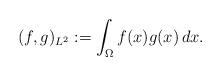
LaTeX: \begin{align*} (f,g)_{L^2} &:= \int_{\Omega} f(x) g(x) \,dx.\end{align*}